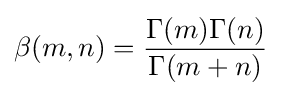
\beta (m,n)={\frac {\Gamma (m)\Gamma (n)}{\Gamma (m+n)}}